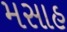
મસાહ